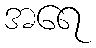
အရေ